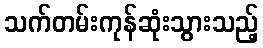
သက်တမ်းကုန်ဆုံးသွားသည့်